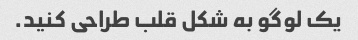
یک لوگو به شکل قلب طراحی کنید.